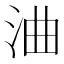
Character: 浀